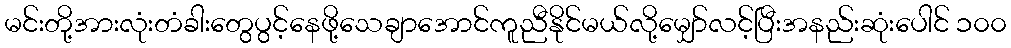
မင်းတို့အားလုံးတံခါးတွေပွင့်နေဖို့သေချာအောင်ကူညီနိုင်မယ်လို့မျှော်လင့်ပြီးအနည်းဆုံးပေါင် ၁၀၀